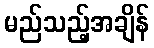
မည်သည့်အချိန်